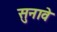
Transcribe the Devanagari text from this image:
सुनावे